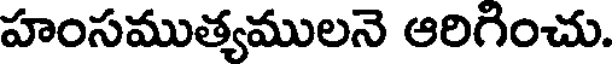
హంసముత్యములనె ఆరిగించు.